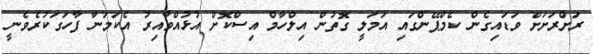
ރަށްރަށަށް ވަޑައިގެން ކެމްޕޭންގައި އަމަލީ ގޮތުން އިލްހާމް އިސްކޮށް އުޅުއްވާއިރު އެކަމަނާ ފާހަގަކުރެވެނީ